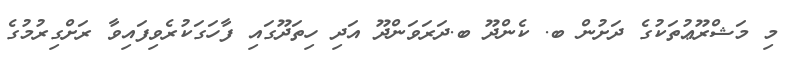
މި މަޝްރޫޢުތަކުގެ ދަށުން ބ. ކެންދޫ ބ.ދަރަވަންދޫ އަދި ހިތަދޫގައި ފާހަގަކުރެވިފައިވާ ރަށްގިރުމުގެ